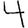
Digit: 4